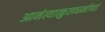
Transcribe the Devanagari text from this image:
आनंत्यात्कुलधर्माणां